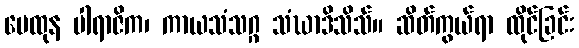
မေထုန ပါရာဇိက၊ ကာယသံသဂ္ဂ သံဃာဒိသိသ်။ ဆိတ်ကွယ်ရာ ထိုင်ခြင်း